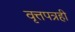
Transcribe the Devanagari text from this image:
वृत्तपत्रही